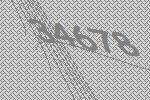
34678